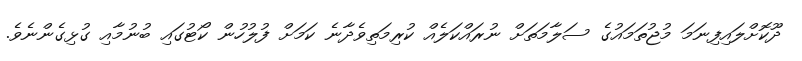
ދޫކޮށްލައިފިނަމަ މުޖުތަމައުގެ ސަލާމަތަށް ނުރައްކަލެއް ކުރިމަތިވެދާނެ ކަމަށް ފުލުހުން ކޯޓުގައި ބުނުމާއި ގުޅިގެންނެވެ.